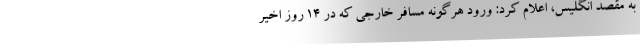
به مقصد انگلیس، اعلام کرد: ورود هرگونه مسافر خارجی که در ۱۴ روز اخیر